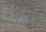
هنا